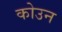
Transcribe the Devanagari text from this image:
कोउन